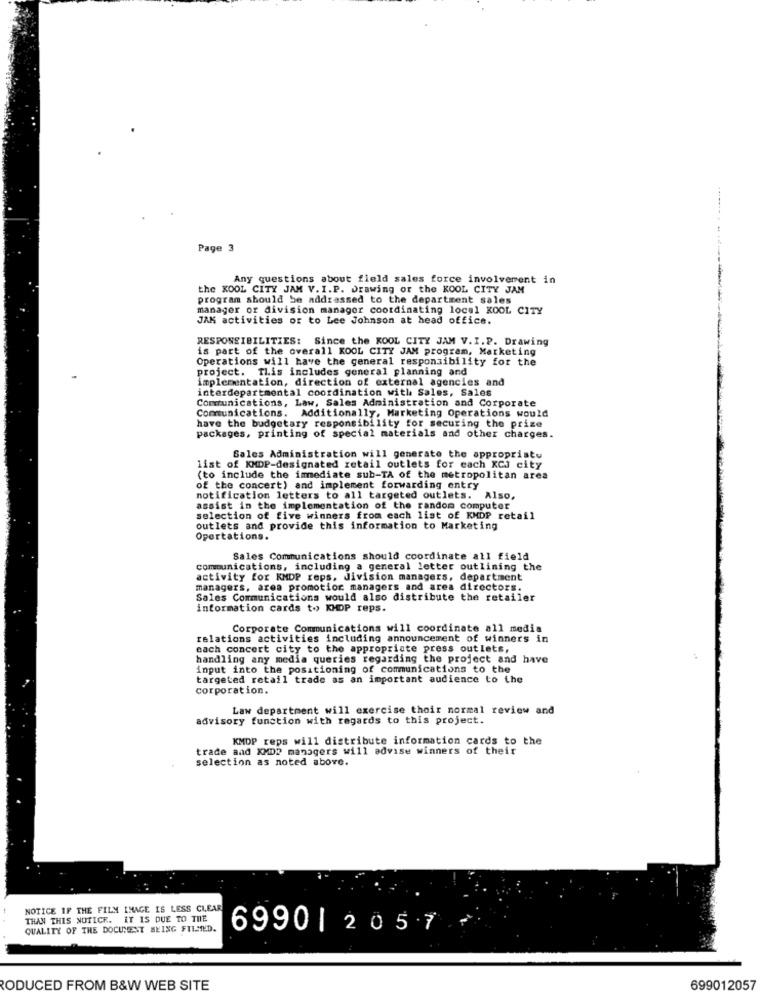
Page 3
Any questions about field sales force involvement in
the KOOL CITY JAM V. I.P. Drawing or the KOOL CITY JAM
program should be addressed to the department sales
manager or division manager coordinating local KOOL CITY
JAK activities or to Lee Johnson at head office.
RESPONSIBILITIES: Since the KOOL CITY JAM V.I.P. Drawing
is part of the overall KOOL CITY JAM program, Marketing
Operations will have the general responsibility for the
project. This includes general planning and
implementation, direction of external agencies and
interdepartmental coordination with Sales, Sales
Communications, Law, Sales Administration and Corporate
Communications. Additionally, Marketing Operations would
have the budgetary responsibility for securing the prize
packages, printing of special materials and other charges.
Sales Administration will generate the appropristu
list of KMDP-designated retail outlets for each XCi city
(to include the immediate sub-TA of the metropolitan area
of the concert) and implement forwarding entry
notification letters to all targeted outlets. Also,
assist in the implementation of the random computer
selection of five winners from each list of KMDP retail
outlets and provide this information to Marketing
Opertations.
Sales Communications should coordinate all field
communications, including a general letter outlining the
activity for KMDP reps, Jivision managers, department
managers, area promotion managers and area directors.
Sales Communications would also distribute the retailer
information cards to> KMDP reps.
Corporate Communications will coordinate all medis
relations activities including announcement of winners in
each concert city to the appropriate press outlets,
handling any media queries regarding the project and have
input into the positioning of communications to the
targeted retail trade as an important audience to the
corporation.
Law department will exercise their normal review and
advisory function with regards to this project.
KMDP reps will distribute information cards to the
trade and KMD? managers will advise winners of their
selection as noted above.
NOTICE IF THE FILM IMAGE IS LESS CLEAR
THAN THIS NOTICE. IT IS DUE TO THE
QUALITY OF THE DOCUMENT BEING FILLED.
6990| 2057
RODUCED FROM B&W WEB SITE
699012057